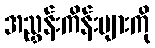
အညွှန်းကိန်းများကို